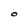
Character: O